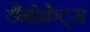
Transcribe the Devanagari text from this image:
डैमोक्रेट्स